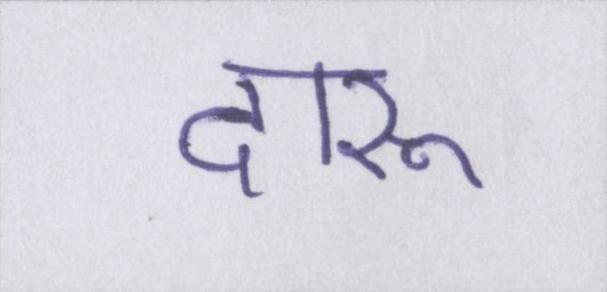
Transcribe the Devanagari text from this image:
दारू